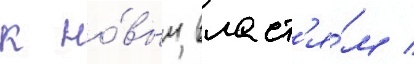
к но́вым власт'я́м /